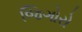
જિગોરો